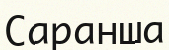
Саранша